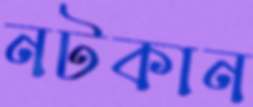
নটকান